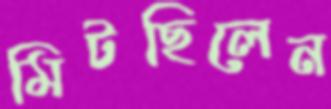
মিটছিলেন